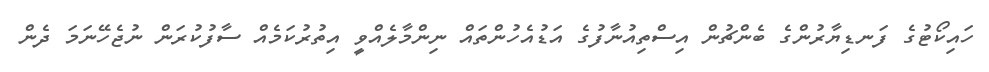
ހައިކޯޓުގެ ފަނޑިޔާރުންގެ ބެންޗުން އިސްތިއުނާފުގެ އަޑުއެހުންތައް ނިންމާލެއްވީ އިތުރުކަމެއް ސާފުކުރަން ނުޖެހޭނަމަ ދެން